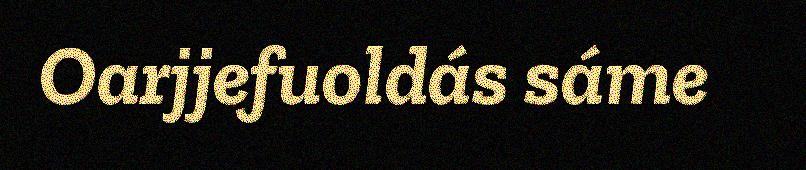
Oarjjefuoldás sáme